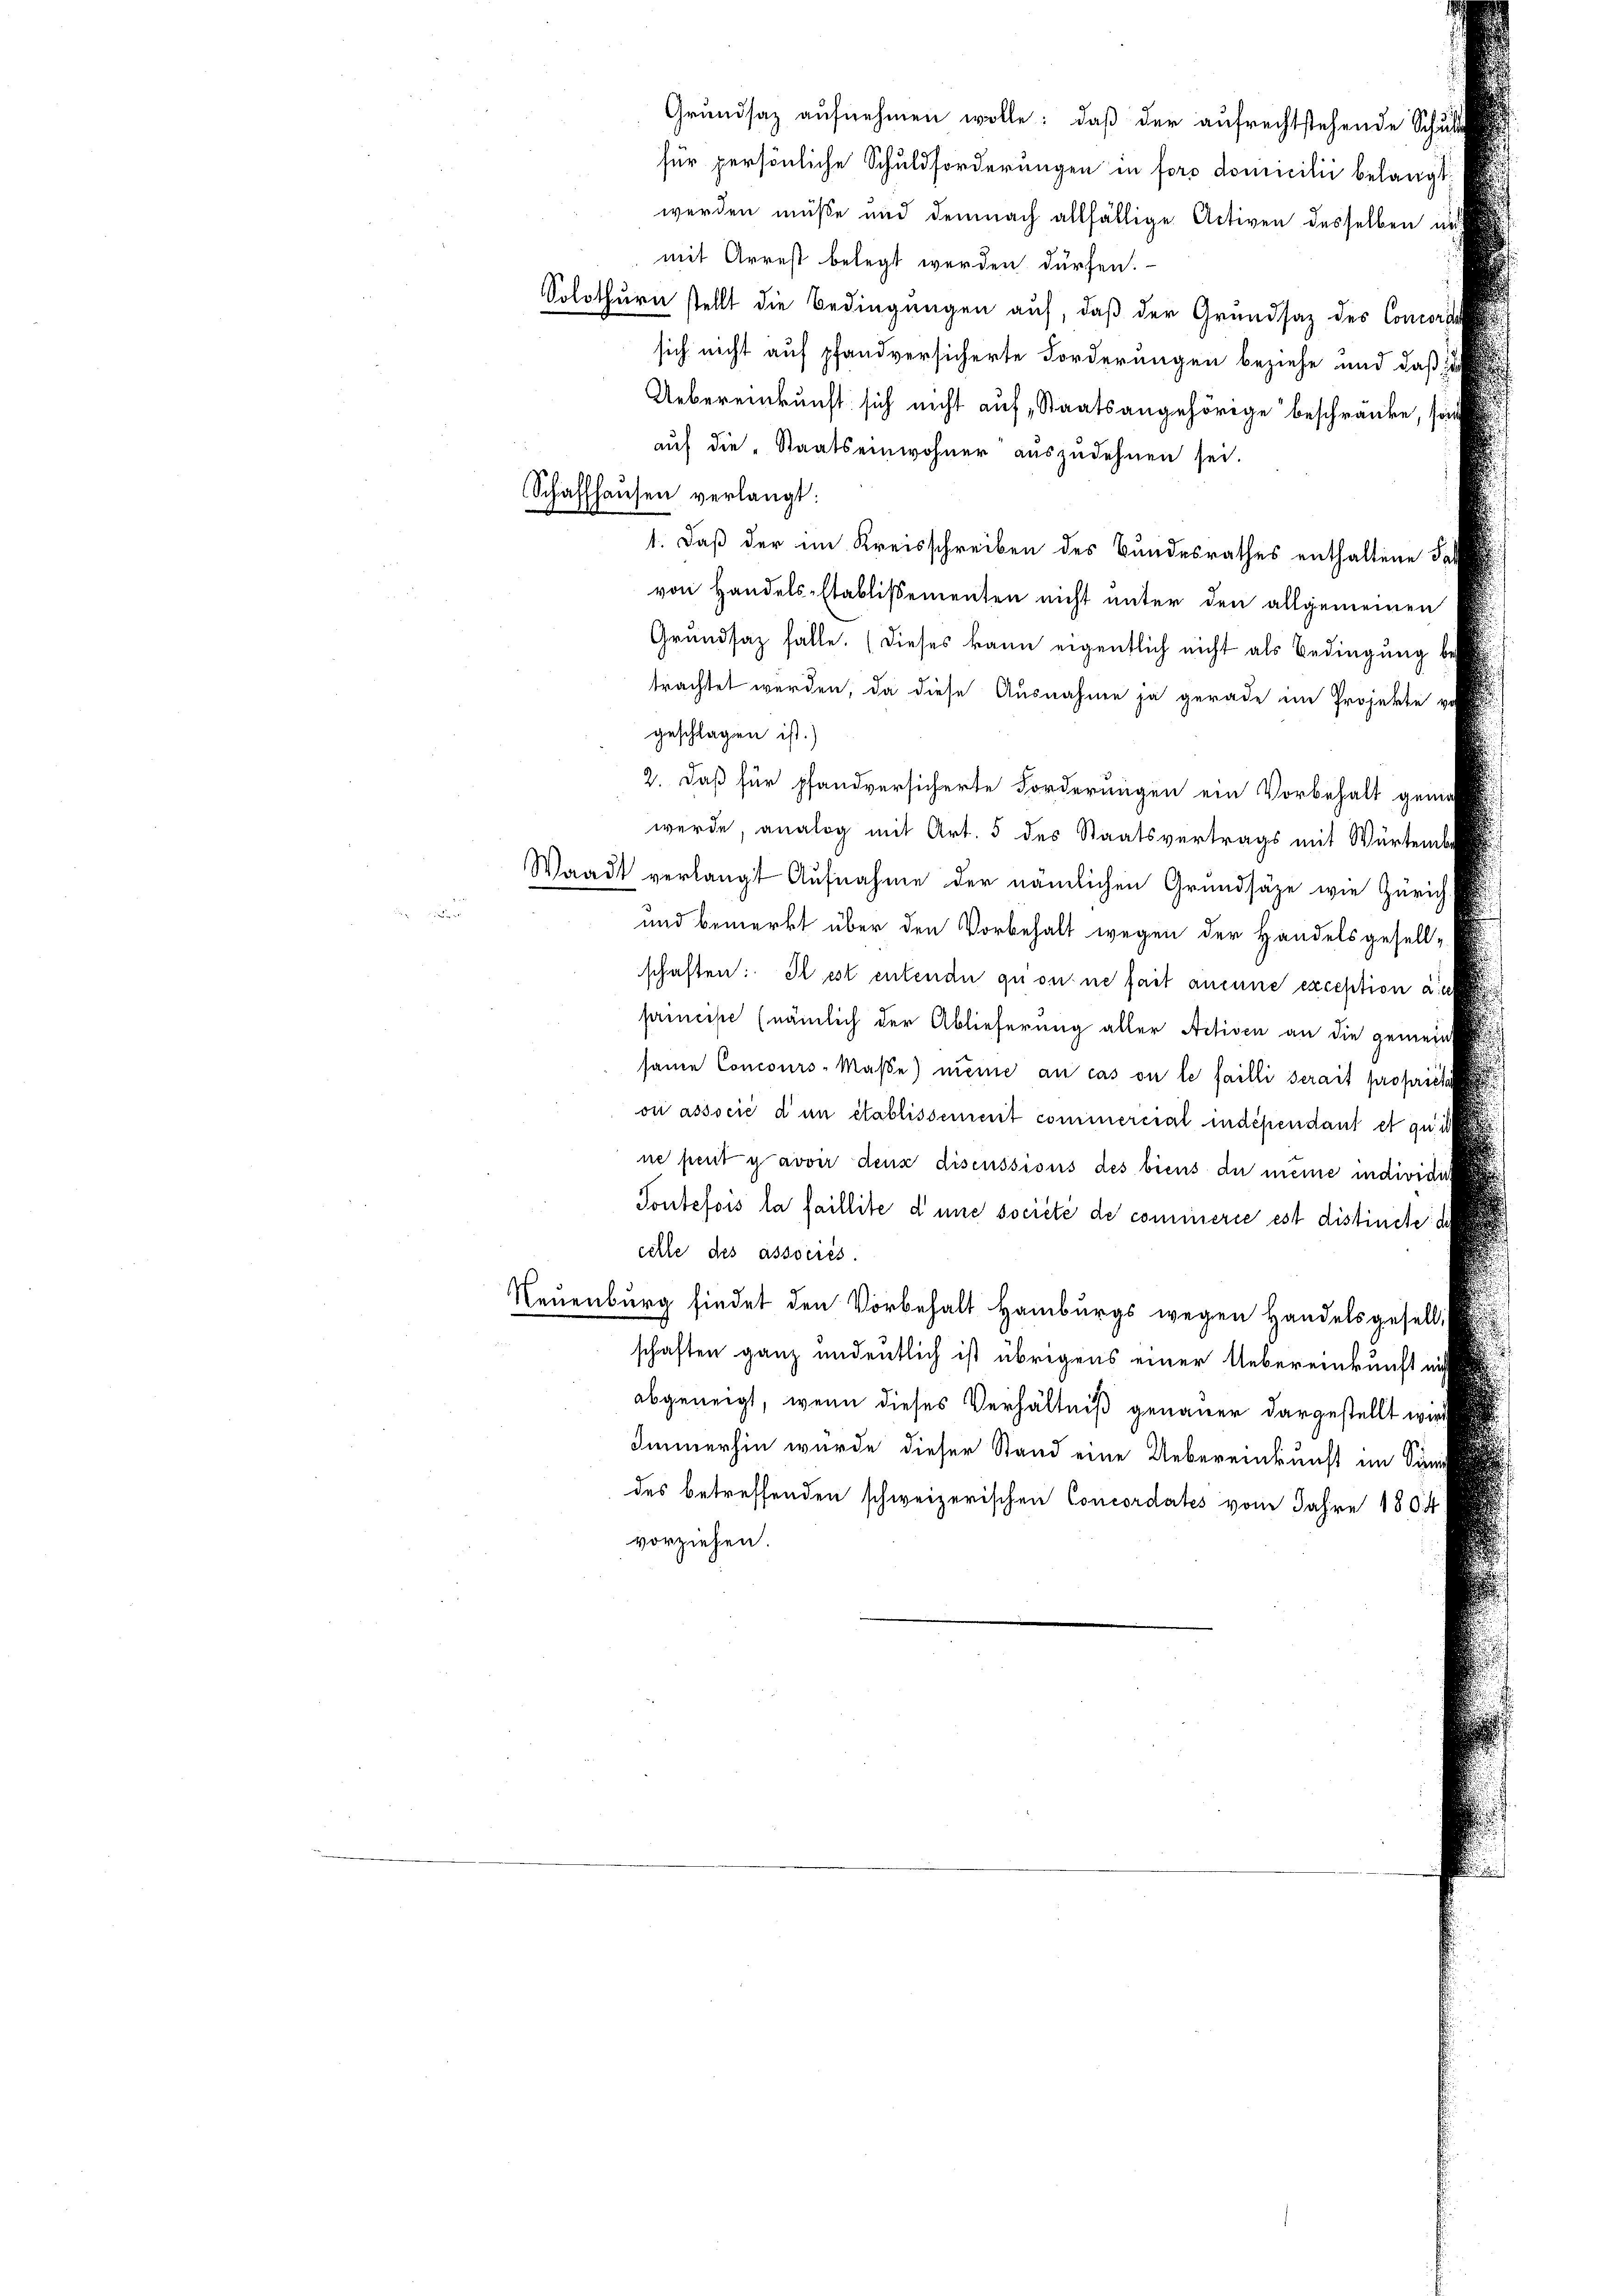
Grundsaz aufnehmen wolle: daß der aufrechtstehende Schu
für persönliche Schuldforderungen in foro domicilii belangt
werden müße und demnach allfällige Activen desselben u
mit Arrest belegt werden dürfen.
Solothurn stellt die Bedingungen auf, daß der Grundsaz des Concore
sich nicht auf pfandversicherte Forderungen beziehe und daß zu
Uebereinkunft sich nicht auf Staatsangehörige beschränke, sie
auf die Staatseinwohner auszudehnen sei.
Schaffhausen verlangt:
1. Daß der im Kreisschreiben des Bundesrathes enthaltene Sa
von Handels-Etablissementen nicht unter den allgemeinen
Grŭndsaz fälle. (dieses kann eigentlich nicht als Bedingung be
trachtet werden, da diese Ausnahmen ja gerade im Projekte u
geschlagen ist.)
2. Daß für pfandversicherte Forderungen ein Vorbehalt genie
werde, analog mit Art. 5 des Staatsvertrags mit Würtemb
Waadt verlangt Aufnahme der nämlichen Grundsätze wie Zürich.
n
und bemerkt über den Vorbehalt wegen der Handelsgesell-
schaften: Il est entende quonne fait aneine exception auc
princise (nämlich der Ablieferung aller Activen an die gemein
same Concours-Maβe) meine an cas ou le failli serait propriéta
ou associé d’un établissement commercial indépendant et quis
ne peut y avoir denz discussions des biens du meine individir
Toutefois la faillite d’une societe de commerie est distincte de
celle des associés.
Neuenburg findet den Vorbehalt Hamburgs wegen Handelsgesell
schaften ganz undeutlich ist übrigens einer Uebereinkunft nicht
abgeneigt, wenn dieses Verhältniß genauer dargestellt wird
Immerhin wurde dieser Stand eine Uebereinkunft im Sinn
des betreffenden schweizerischen Concordates vom Jahre 1804
vorziehen.